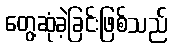
တွေ့ဆုံခဲ့ခြင်းဖြစ်သည်